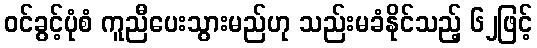
ဝင်ခွင့်ပုံစံ ကူညီပေးသွားမည်ဟု သည်းမခံနိုင်သည့် ၆၂ဖြင့်